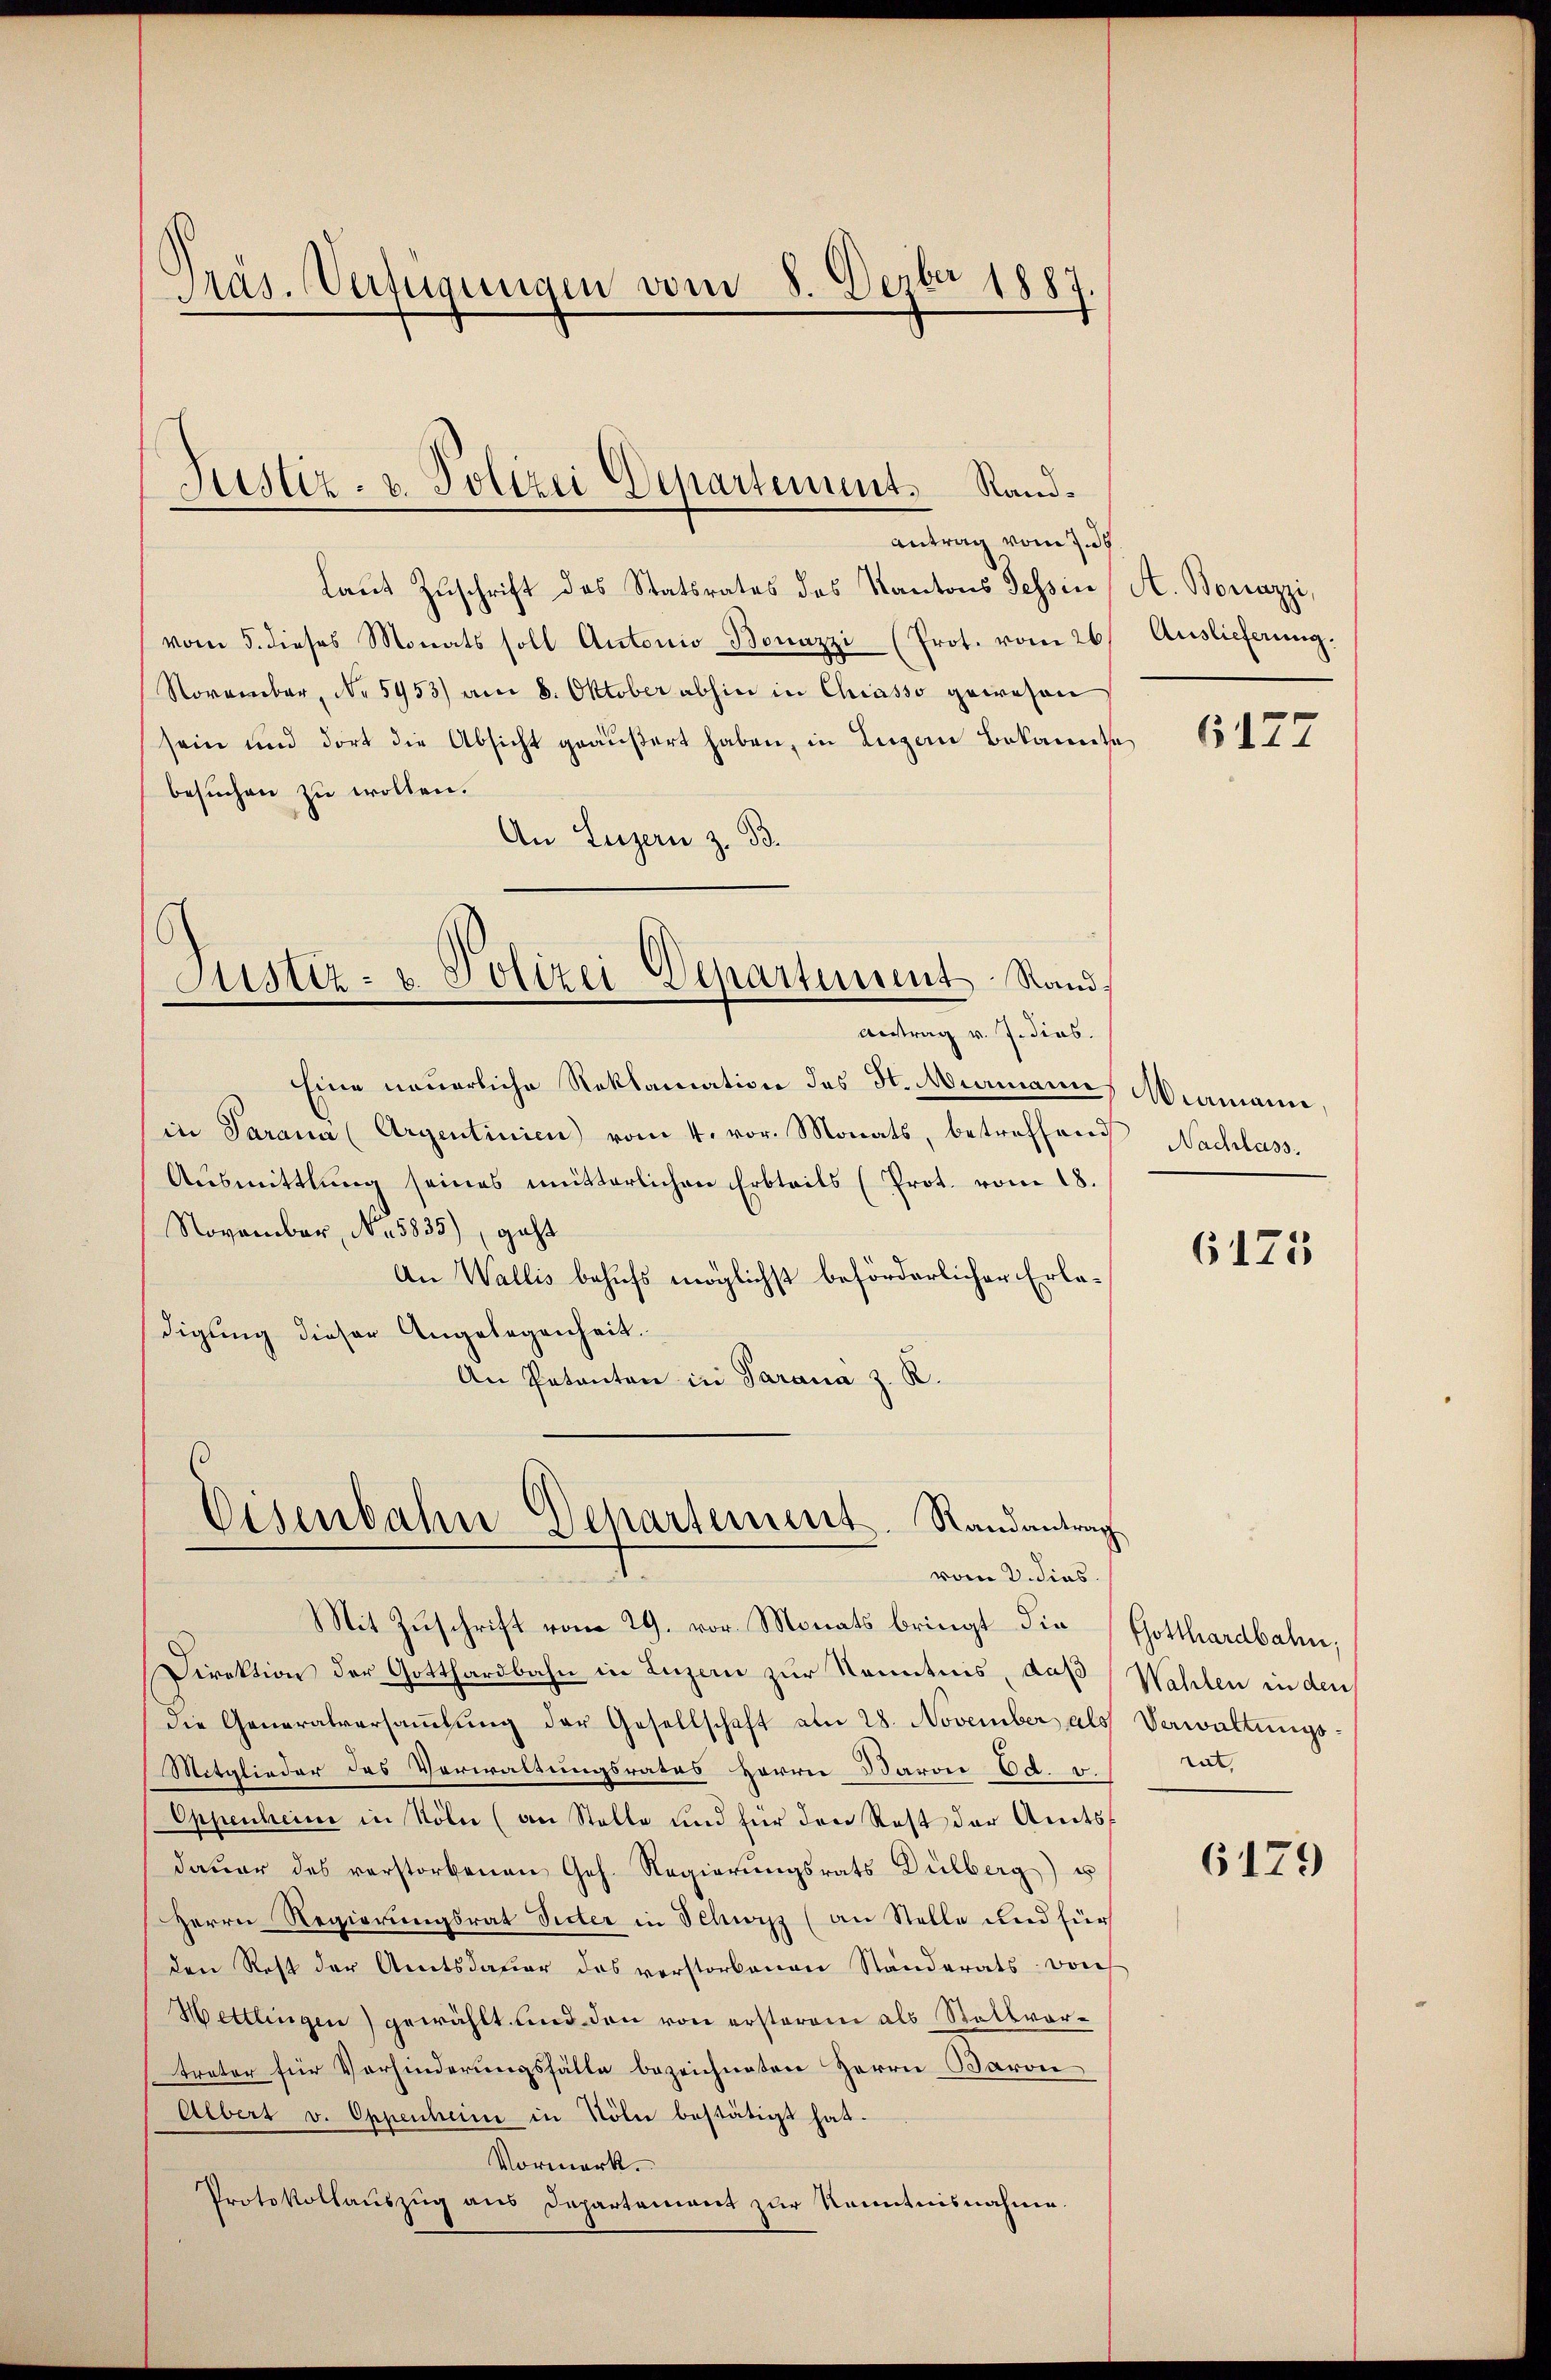
Laŭt Zŭschrift des Statsrates des Kantons Tessin, A. Borazzi,
vom 5. dieses Monats soll Antonio Bonazzi (Prot. vom 26
November, No 5953) am 8. Oktober abhin in Chiasso gewesen
sein und dort die Absicht geäußert haben, in Luzern Bekannte
besuchen zu wollen.
An Luzern z. B.
Eine neuerliche Reklamation des St. Miamann, Miamann
in Parann (Argentinien) vom 4. vor. Monats, betreffend Nachlass
Ausmittlung seines mitterlichen Erbteils (Prot. vom 18.
November, No. 5835), geht
An Wallis behufs möglichst beförderlicher Erledigung dieser Angelegenheit.
An Potanton in Parana z. R.

Präs. Verfügungen vom 8. Dezbr 1887.

Justiz- u. Polizei Departement. Rand¬
Antrag vom 7. d.

Sistiz- u. Polizei-Departement Rand
Antrag v. J. dies.

Eisenbahne Departement. Randantrag
vom 2. dies.

Mit Zuschrift vom 29. vor. Monats bringt die Gotthardbahne
Direktion der Gotthardbahn in Luzere zur Kenntnis, daß Wahlen in den
die Generalversammlung der Gesellschaft am 28. November als
Mitglieder des Verwaltungsrates Herrn Baron Ed. v.
Oppenheim in Köln (an Stelle und für den Rost der Amtsdaŭer des verstorbenen Geh. Regierŭngsrats Dülberg) u
Herrn Regierungsrat Sitter in Schwyz (an Stelle und für
den Rest der Amtsdauer das verstorbenen Ständerats von
Hettlingen) gewählt und den von ersterem als Stellvortreter für Vorhinderungsfälle bezeichneten Herrn Baron
Albert v. Oppenheim in Köln bestätigt hat.
Vormerk.
Protokollauszug aus Departement zur Kenntnisnahme.

Auslieferung.

6177

6175

Verwaltungsrat,

6179